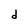
Character: d